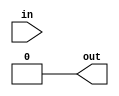
module cmos_not_gate (
    input wire in,
    output wire out
);

// PMOS transistor
assign out = (~in) & in;

endmodule